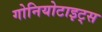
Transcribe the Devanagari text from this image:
गोनियोटाइट्स